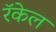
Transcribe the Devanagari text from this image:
रॅकेल